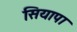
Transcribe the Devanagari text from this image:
सियापा